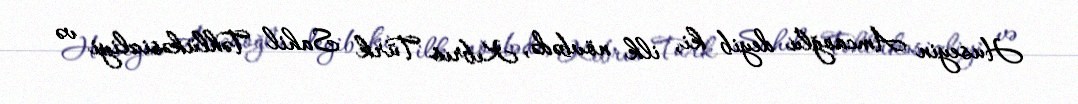
Huseyin Amcaoğlu deyib ki, ilk növbədə, Kıbrıs Türk Sahil Təhlükəsizliyi və